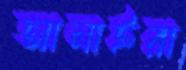
আনাইরা